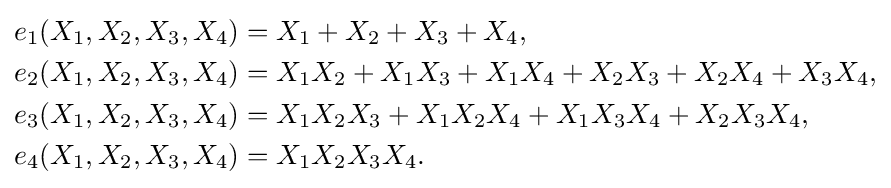
{\begin{aligned}e_{1}(X_{1},X_{2},X_{3},X_{4})&=X_{1}+X_{2}+X_{3}+X_{4},\\e_{2}(X_{1},X_{2},X_{3},X_{4})&=X_{1}X_{2}+X_{1}X_{3}+X_{1}X_{4}+X_{2}X_{3}+X_{2}X_{4}+X_{3}X_{4},\\e_{3}(X_{1},X_{2},X_{3},X_{4})&=X_{1}X_{2}X_{3}+X_{1}X_{2}X_{4}+X_{1}X_{3}X_{4}+X_{2}X_{3}X_{4},\\e_{4}(X_{1},X_{2},X_{3},X_{4})&=X_{1}X_{2}X_{3}X_{4}.\,\\\end{aligned}}